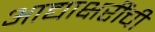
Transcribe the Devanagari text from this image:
आद्याक्षरींची